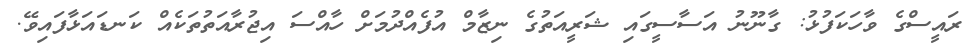
ރައީސްގެ ވާހަކަފުޅު: ގާނޫނު އަސާސީގައި ޝަރީއަތުގެ ނިޒާމް އުފެއްދުމަށް ހާއްސަ އިޖުރާއަތުތަކެއް ކަނޑައަޅާފައިވޭ.